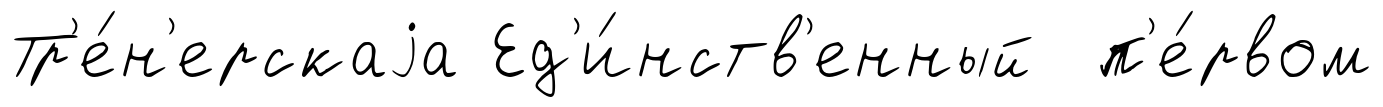
Тр'е́н'ерскаjа Ед'и́нств'енный п'е́рвом